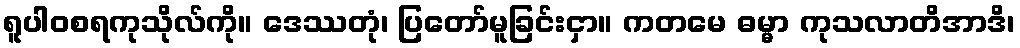
ရူပါဝစရကုသိုလ်ကို။ ဒေဿတုံ၊ ပြတော်မူခြင်းငှာ။ ကတမေ ဓမ္မာ ကုသလာတိအာဒိ၊